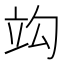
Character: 𥩞